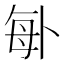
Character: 𠧩